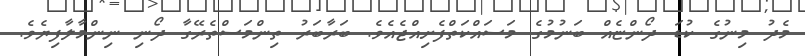
މެދު މިނުގެ ކުޑަ ދޯންޏެއް ބަނުމުގެ މަސައްކަތްފެށިއްޖެއެވެ. ބަރާބަރު ތިންމަސްތެރޭގާ ދޯނި ނިންމާލާފިޔެވެ.